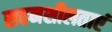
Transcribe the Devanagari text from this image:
सहनशीलताएं